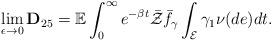
LaTeX: \begin{align*}\lim_{\epsilon\rightarrow0}\mathbf{D}_{25}=\mathbb{E}\int_0^\infty e^{-\beta t}\bar{\mathcal{Z}}\bar{f}_{\gamma}\int_{\mathcal{E}}\gamma_1\nu(de)dt.\end{align*}